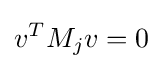
v^{T}M_{j}v=0